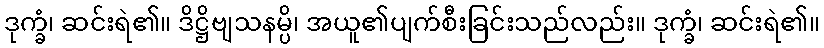
ဒုက္ခံ၊ ဆင်းရဲ၏။ ဒိဋ္ဌိဗျသနမ္ပိ၊ အယူ၏ပျက်စီးခြင်းသည်လည်း။ ဒုက္ခံ၊ ဆင်းရဲ၏။